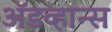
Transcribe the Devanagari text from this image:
अॅडव्हान्स